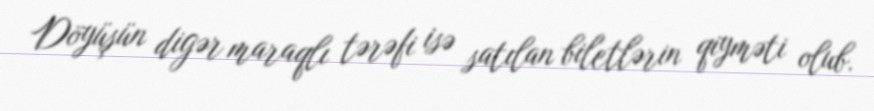
Döyüşün digər maraqlı tərəfi isə satılan biletlərin qiyməti olub.